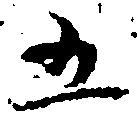
五